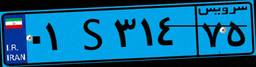
۷۲S۰۲۰۹۰